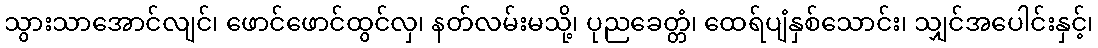
သွားသာအောင်လျင်၊ ဖောင်ဖောင်ထွင်လှ၊ နတ်လမ်းမသို့၊ ပုညခေတ္တံ၊ ထေရ်ပျံနှစ်သောင်း၊ သျှင်အပေါင်းနှင့်၊